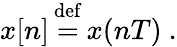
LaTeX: x[n]{\stackrel{\mathrm{def}}{{}={}}}x(nT)~.